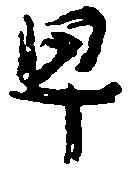
早